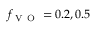
f _ { \mathrm { ~ V ~ O ~ } } = 0 . 2 , 0 . 5